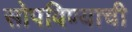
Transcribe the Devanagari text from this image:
सोपविण्याची